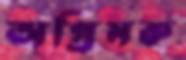
অগ্রিমক